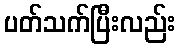
ပတ်သက်ပြီးလည်း